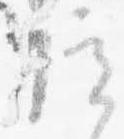
院